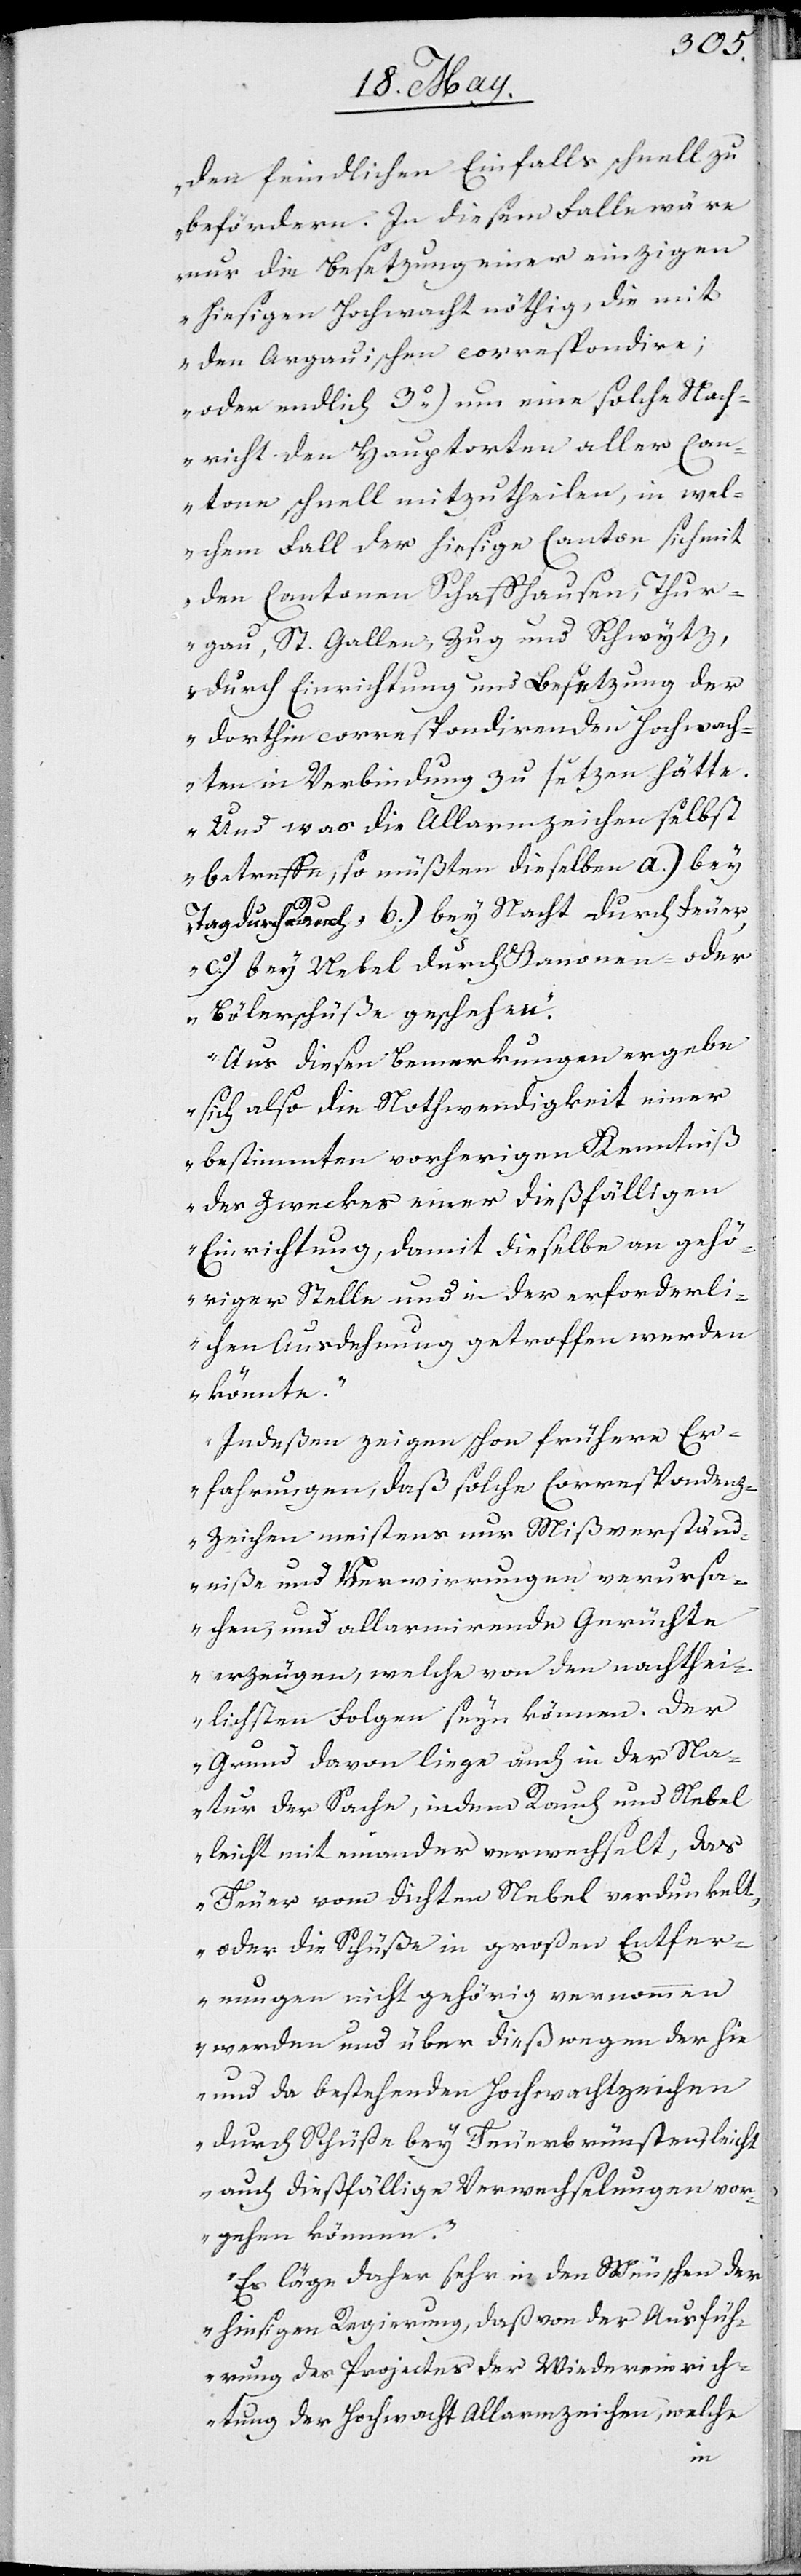
den feindlichen Einfalls schnell zu
beförderen. In diesem Falle wäre
nur die Besetzung einer einzigen
den Argauischen correspondiere;
oder endlich 3.) um eine solche Nach¬
richt den Hauptorten aller Can¬
tone schnell mitzutheilen, in wel¬
chem Fall der hiesige Canton sich mit
den Cantonen Schaffhausen, Thur¬
gau, St. Gallen, Zug und Schwytz,
durch Einrichtung und Besetzung der
dorthin correspondierenden Hochwach¬
ten in Verbindung zu setzen hätte.
Und was die Allarmzeichen selbst
betreffe, so müßten dieselben a.) bey
Tag durch Rauch b.) bey Nacht durch Feuer,
c.) bey Nebel durch Kanonen- oder
Bolerschüße geschehen.
Aus diesen Bemerkungen ergebe
sich also die Nothwendigkeit einer
bestimmten vorherigen Kenntniß
des Zweckes einer dießfälligen
Einrichtung, damit dieselbe an gehö¬
riger Stelle und in der erforderli¬
chen Ausdehnung getroffen werden
könnte.
Indeßen zeigen schon frühere Er¬
fahrungen, daß solche Corresponden¬
z-Zeichen meistens nur Mißverständ¬
niße und Verwirrungen verursa¬
chen, und allarmirende Gerüchte
erzeügen, welche von den nachtei¬
lichsten Folgen seyn können. Der
Grund davon lige auch in der Na¬
tur der Sache, indem Rauch mit Nebel
leicht miteinander verwechselt, das
Feuer von lichtem Nebel verdunkelt,
oder die Schüße in großen Entfer¬
nungen nicht gehörig vernommen
werden und über dieß wegen der hie
und da bestehenden Hochwachtzeichen
durch Schüße bey Feuerbrünsten leicht
auch dießfällige Verwechselungen vor¬
gehen können.
Es läge daher sehr in den Wünschen der
hiesigen Regierung, daß von der Ausfüh¬
rung des Projectes der Wiedereinrich¬
tung der Hochwacht Allarmzeichen, welche
mit